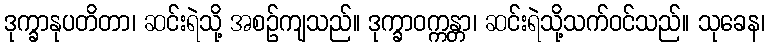
ဒုက္ခာနုပတိတာ၊ ဆင်းရဲသို့ အစဉ်ကျသည်။ ဒုက္ခာဝက္ကန္တာ၊ ဆင်းရဲသို့သက်ဝင်သည်။ သုခေန၊